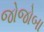
જોજોબા